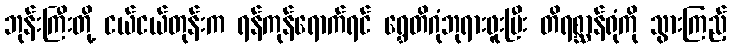
ဘုန်းကြီးတို့ ငယ်ငယ်တုန်းက ရန်ကုန်ရောက်ရင် ရွှေတိဂုံဘုရားဖူးပြီး တိရစ္ဆာန်ရုံကို သွားကြည့်